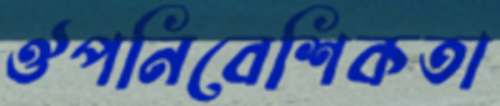
ঔপনিবেশিকতা